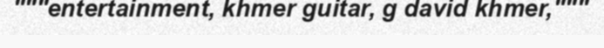
"""entertainment, khmer guitar, g david khmer,"""